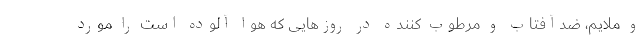
و ملایم، ضدآفتاب و مرطوب کننده در روزهایی که هوا آلوده است را مورد